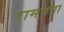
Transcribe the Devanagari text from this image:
रामघना